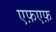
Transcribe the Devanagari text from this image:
एफ़एफ़